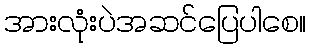
အားလုံးပဲအဆင်ပြေပါစေ။